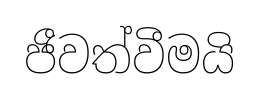
ජීවත්වීමයි